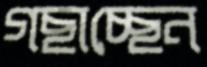
গছাচ্ছেন